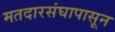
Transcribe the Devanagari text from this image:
मतदारसंघापासून